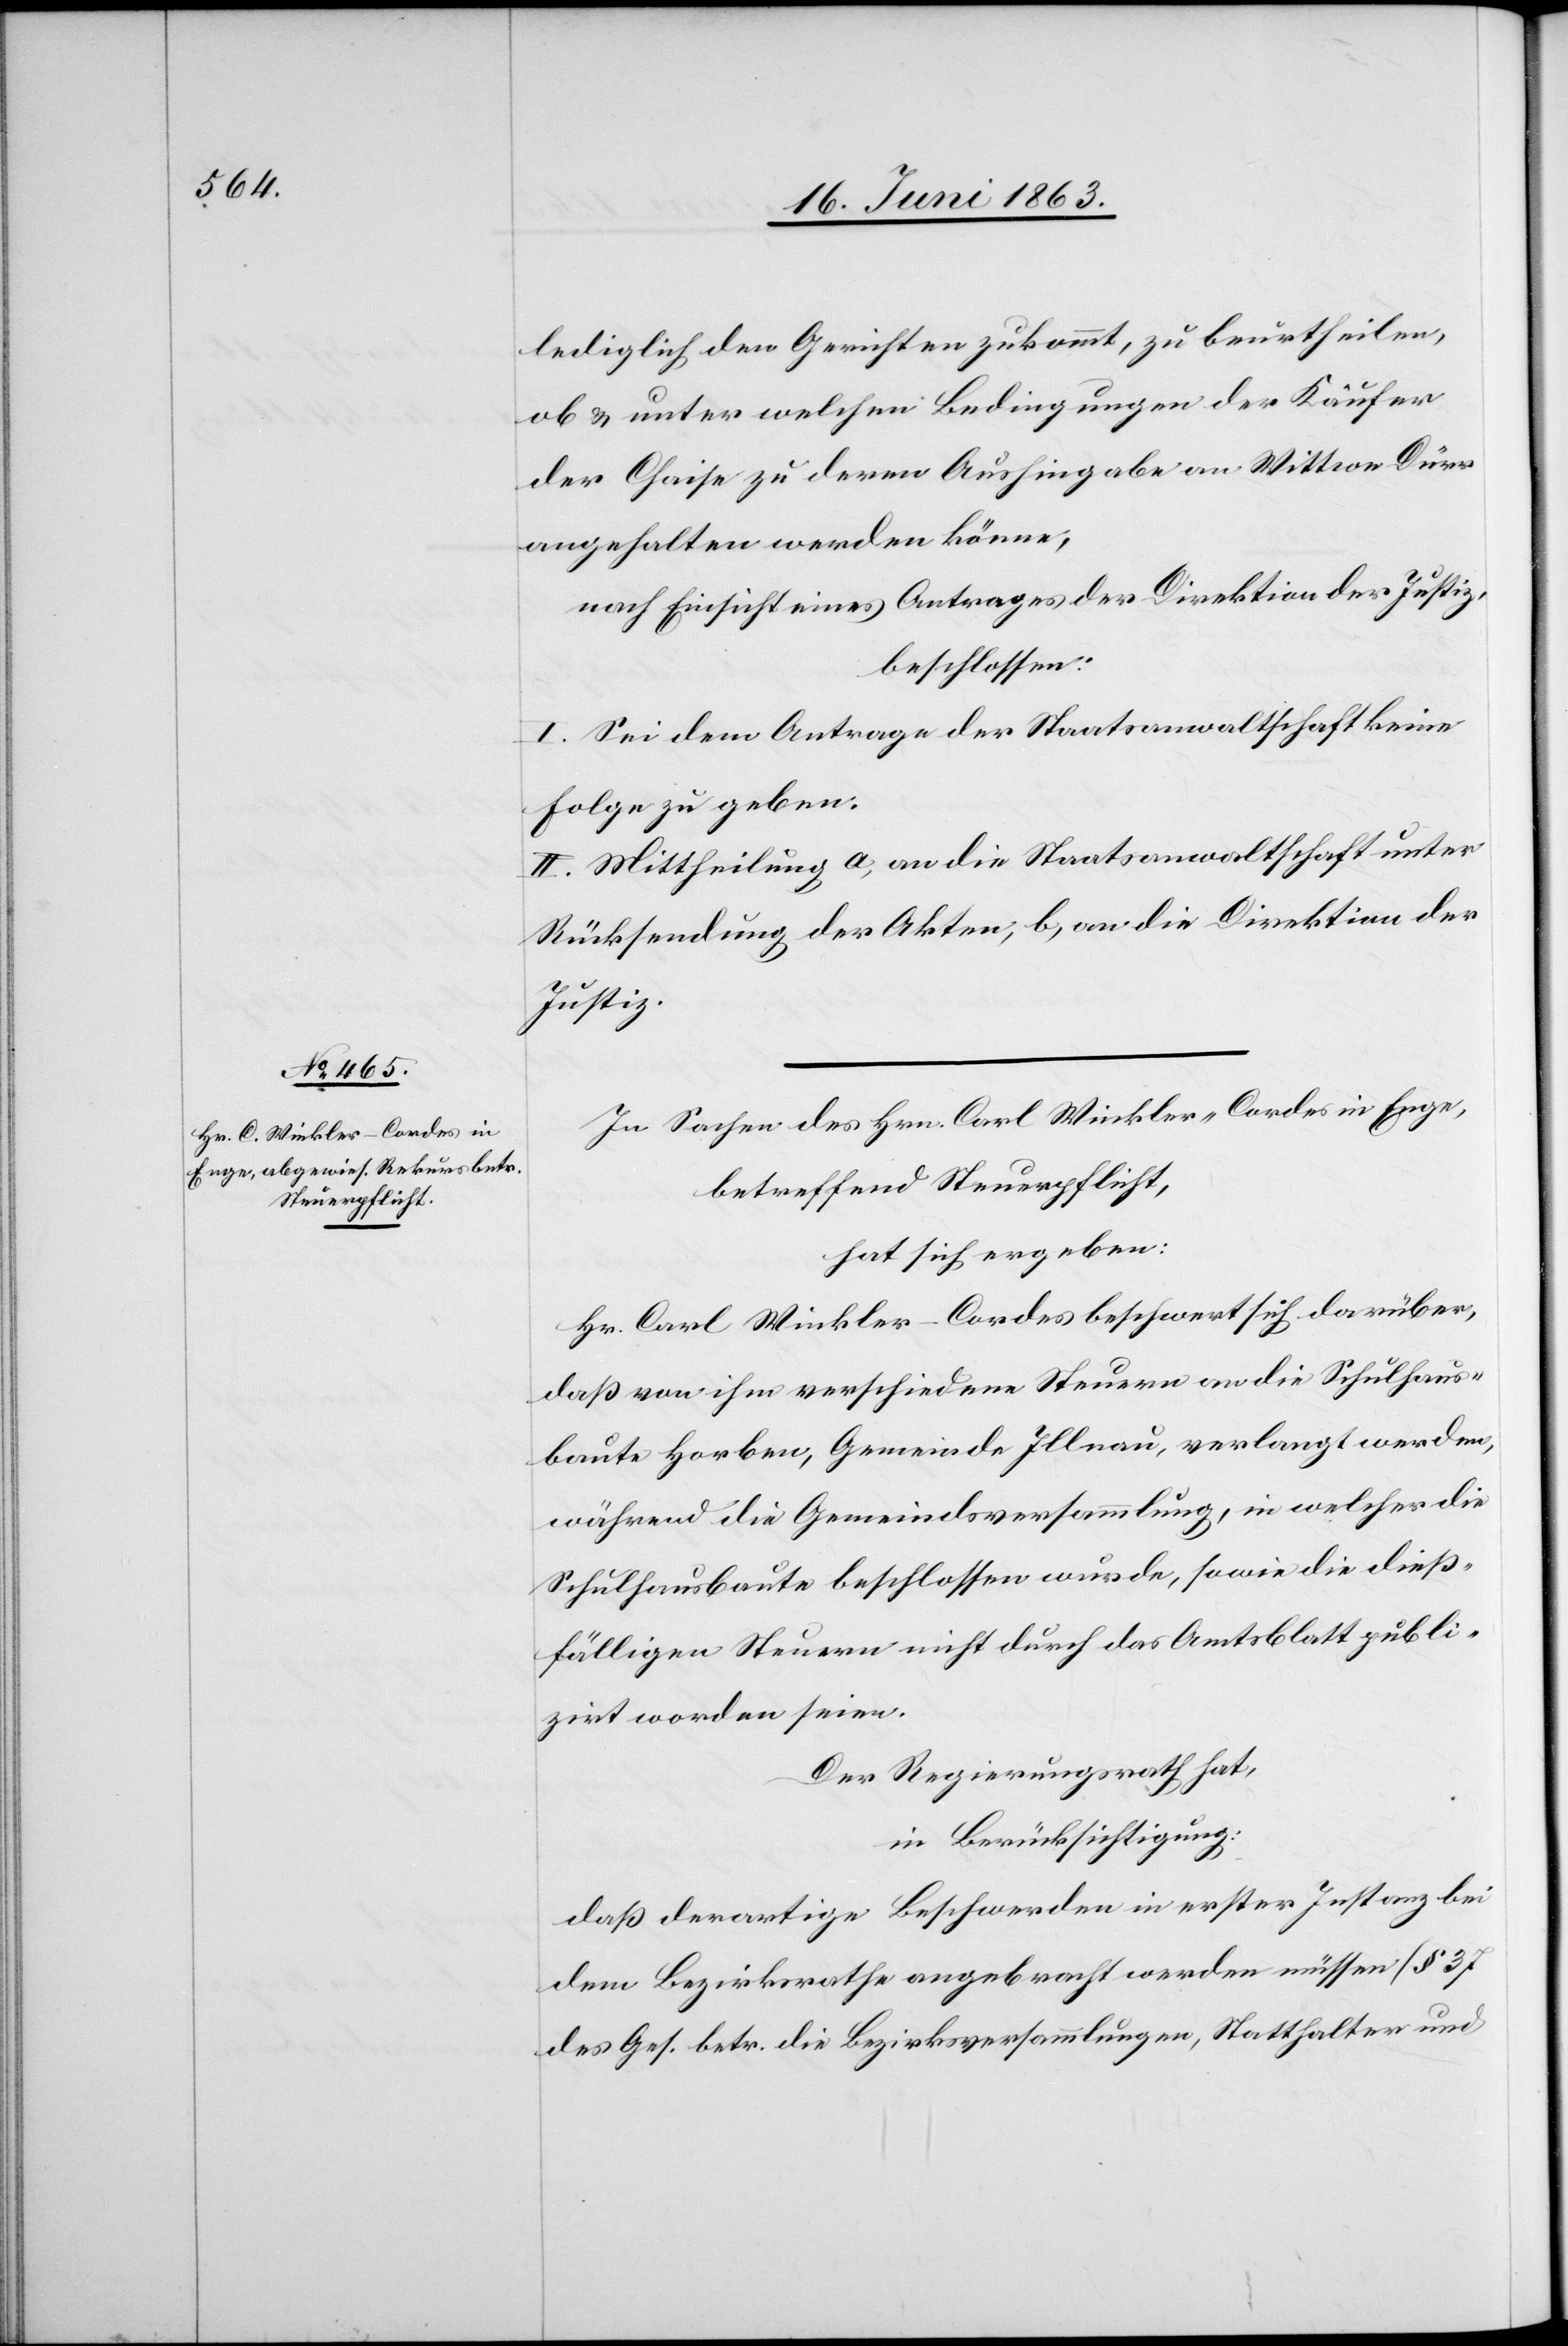
lediglich den Gerichten zukommt, zu beurtheilen,
ob & unter welchen Bedingungen der Käufer
der Chaise zu deren Aushingabe an Wittwe Dürr
angehalten werden könne,
nach Einsicht eines Antrages der Direktion der Justiz,
beschlossen:
I. Sei dem Antrage der Staatsanwaltschaft keine
Folge zu geben.
II. Mittheilung a) an die Staatsanwaltschaft unter
Rücksendung der Akten, b) an die Direktion der
Justiz.
In Sachen des Hrn. Carl Winkler-Cordes in Enge,
betreffend Steuerpflicht,
hat sich ergeben:
Hr. Carl Winkler-Cordes beschwert sich darüber,
daß von ihm verschiedene Steuern an die Schulhaus¬
baute Horben, Gemeinde Illnau, verlangt werden,
während die Gemeindsversammlung, in welcher die
Schulhausbaute beschlossen wurde, sowie die dieß¬
fälligen Steuern nicht durch das Amtsblatt publi¬
zirt worden seien.
Der Regierungsrath hat,
in Berücksichtigung:
daß derartige Beschwerden in erster Instanz bei
dem Bezirksrathe angebracht werden müssen (§ 37
des Ges. betr. die Bezirksversammlungen, Statthalter und